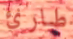
طارئ